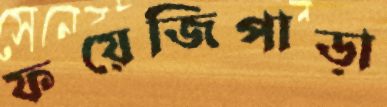
ফয়েজিপাড়া